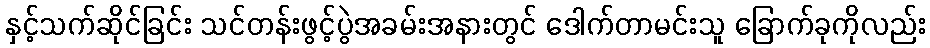
နှင့်သက်ဆိုင်ခြင်း သင်တန်းဖွင့်ပွဲအခမ်းအနားတွင် ဒေါက်တာမင်းသူ ခြောက်ခုကိုလည်း